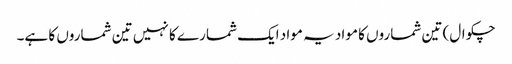
چکوال) تین شماروں کا مواد یہ مواد ایک شمارے کا نہیں تین شماروں کا ہے۔